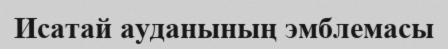
Исатай ауданының эмблемасы